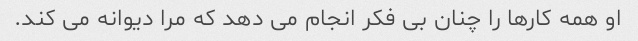
او همه کارها را چنان بی فکر انجام می دهد که مرا دیوانه می کند.